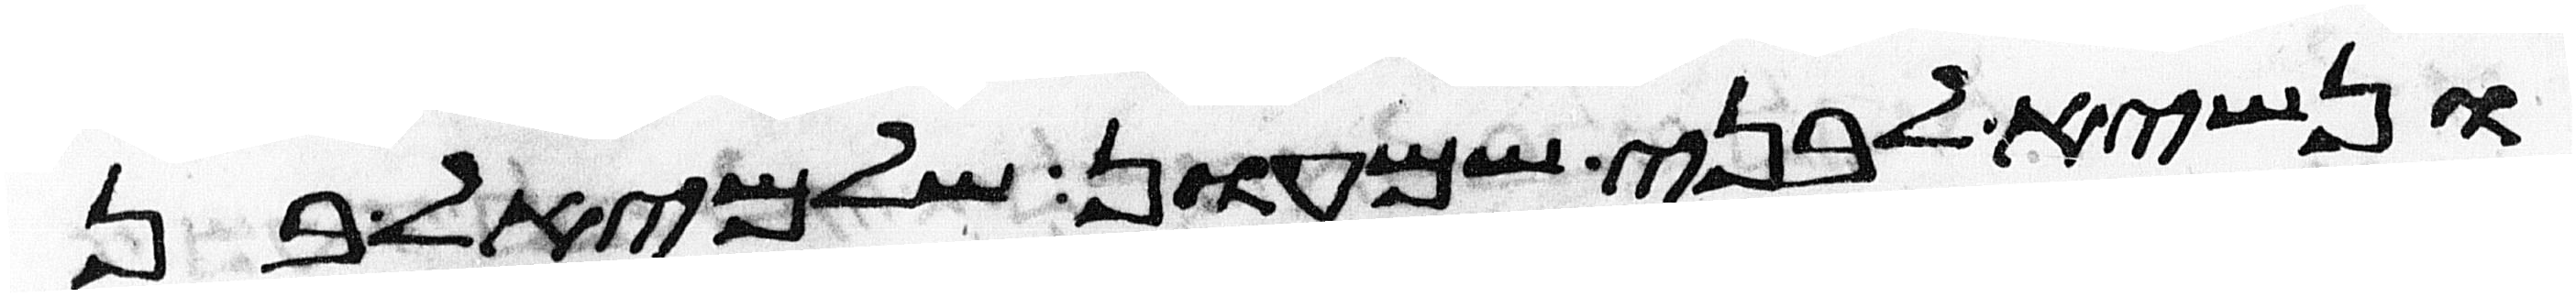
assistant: ונשיא לבני שמעון שלמיאל בן